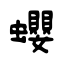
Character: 蠳